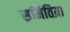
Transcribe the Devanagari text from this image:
समितिय़ा